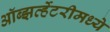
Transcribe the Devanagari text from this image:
ऑब्झर्व्हेटरीमध्ये